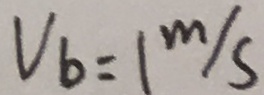
V _ { b } = 1 m / s